Vaccination United Provinces of Agra and Oudh 1902-1913 - 1902-1913
Year: 1902
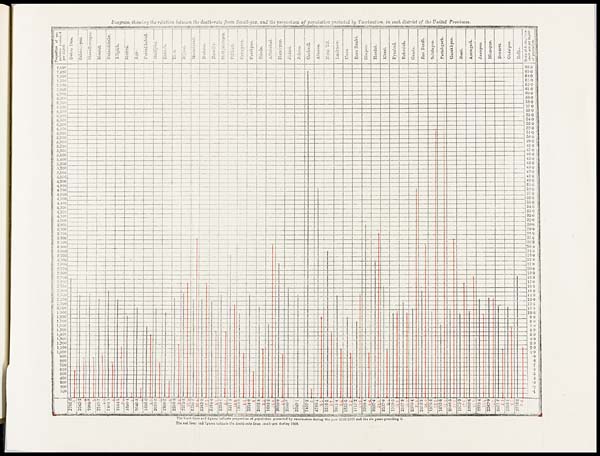
Diagram showing the relation between the death-rate from, Small-pox, and the proportion of population protected by Vaccination, in each district of the United Provinces.